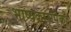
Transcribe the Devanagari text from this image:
भाष्यकारांपैकी